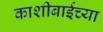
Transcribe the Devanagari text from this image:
काशीबाईच्या